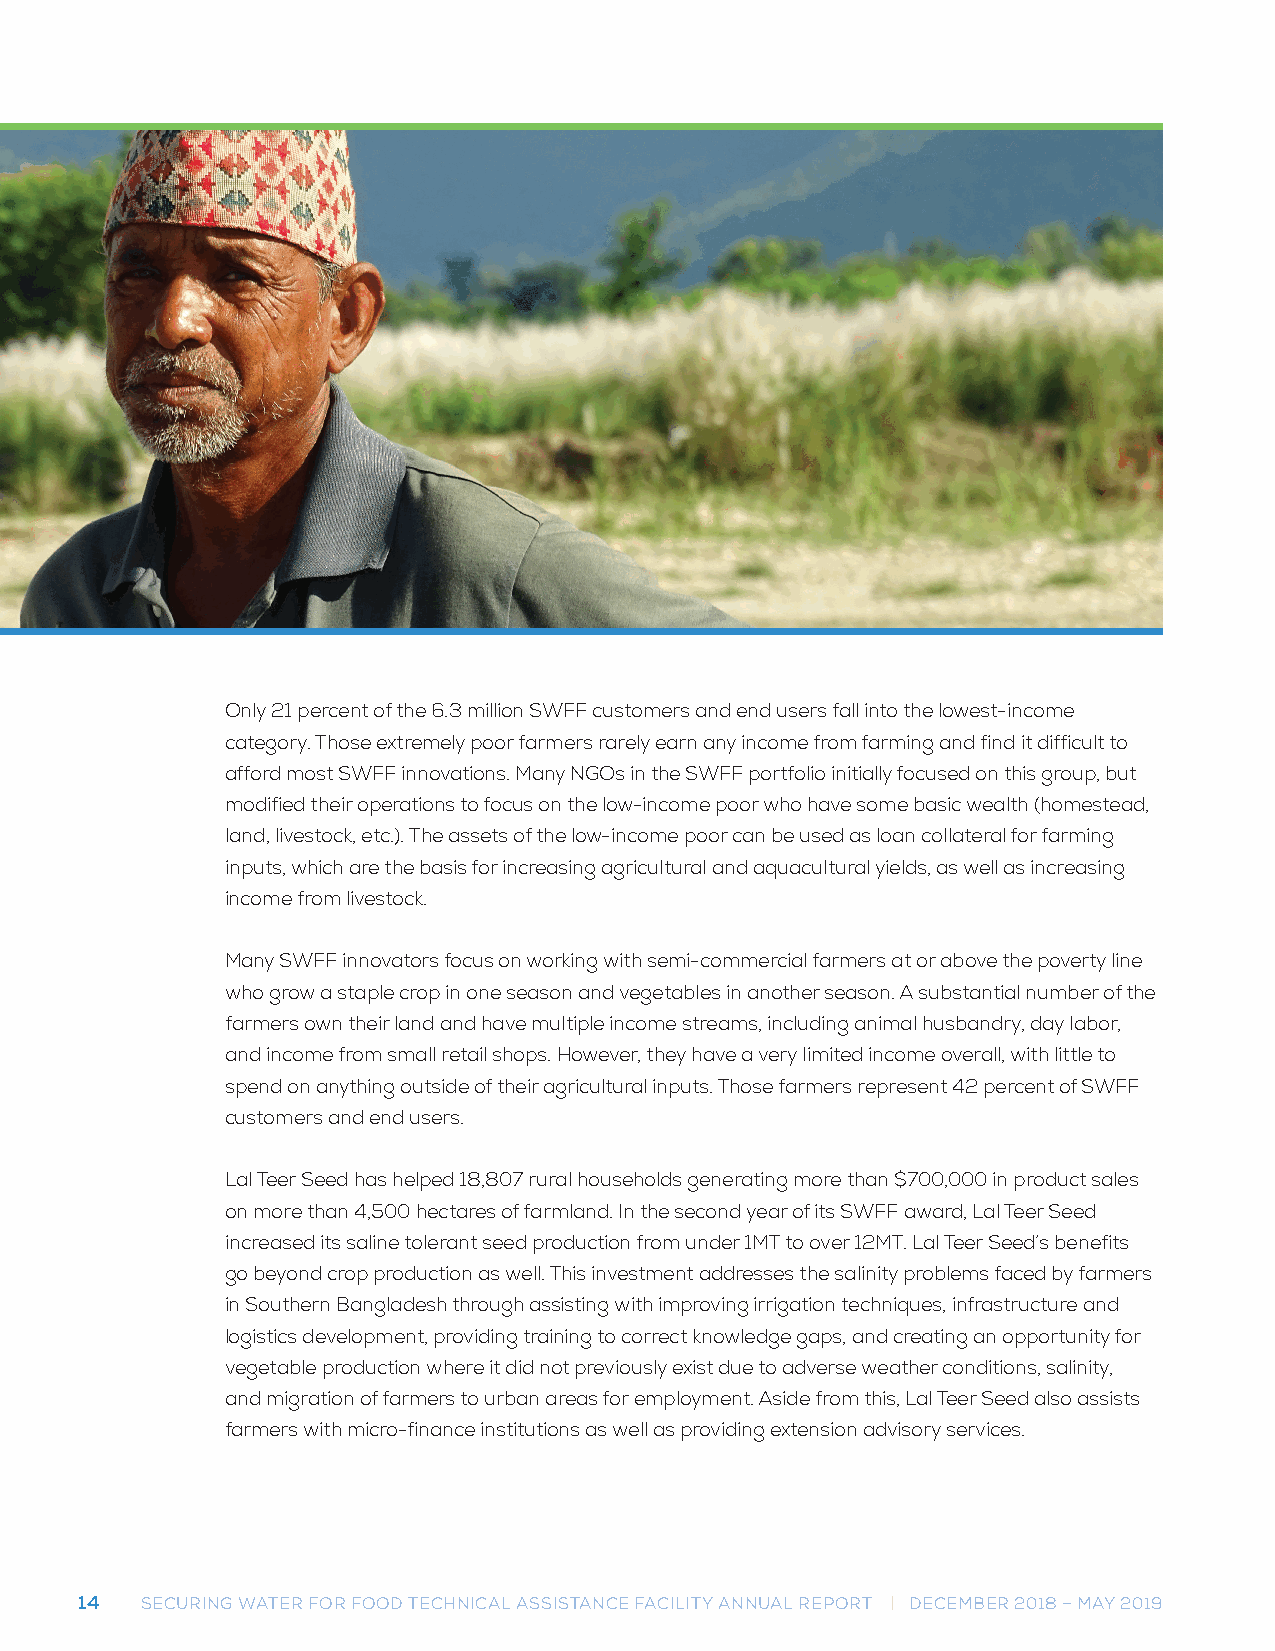
Only 21 percent of the 6.3 million SWFF customers and end users fall into the lowest-income
 category. Those extremely poor farmers rarely earn any income from farming and find it difficult to
 afford most SWFF innovations. Many NGOs in the SWFF portfolio initially focused on this group, but
 modified their operations to focus on the low-income poor who have some basic wealth (homestead,
 land, livestock, etc.). The assets of the low-income poor can be used as loan collateral for farming
 inputs, which are the basis for increasing agricultural and aquacultural yields, as well as increasing
 income from livestock.
 Many SWFF innovators focus on working with semi-commercial farmers at or above the poverty line
 who grow a staple crop in one season and vegetables in another season. A substantial number of the
 farmers own their land and have multiple income streams, including animal husbandry, day labor,
 and income from small retail shops. However, they have a very limited income overall, with little to
 spend on anything outside of their agricultural inputs. Those farmers represent 42 percent of SWFF
 customers and end users.
 Lal Teer Seed has helped 18,807 rural households generating more than $700,000 in product sales
 on more than 4,500 hectares of farmland. In the second year of its SWFF award, Lal Teer Seed
 increased its saline tolerant seed production from under 1MT to over 12MT. Lal Teer Seed’s benefits
 go beyond crop production as well. This investment addresses the salinity problems faced by farmers
 in Southern Bangladesh through assisting with improving irrigation techniques, infrastructure and
 logistics development, providing training to correct knowledge gaps, and creating an opportunity for
 vegetable production where it did not previously exist due to adverse weather conditions, salinity,
 and migration of farmers to urban areas for employment. Aside from this, Lal Teer Seed also assists
 farmers with micro-finance institutions as well as providing extension advisory services.
 14  SECURING WATER FOR FOOD TECHNICAL ASSISTANCE FACILITY ANNUAL REPORT | DECEMBER 2018 – MAY 2019